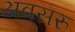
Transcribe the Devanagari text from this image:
अवसरु